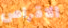
الاقراص